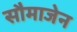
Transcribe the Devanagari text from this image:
सौमाजेन